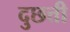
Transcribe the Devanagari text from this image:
दुछत्ती